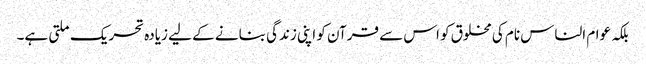
بلکہ عوام الناس نام کی مخلوق کو اس سے قرآن کو اپنی زندگی بنانے کے لیے زیادہ تحریک ملتی ہے۔